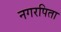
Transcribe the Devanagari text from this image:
नगरपिता